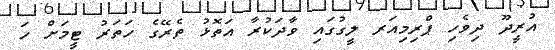
އުރީދޫ ދިވެހި ޕްރިމިއަރ ލީގުގައި ވާދަކުރާ އަތޮޅު ތެރޭގެ ހަތަރު ޓީމަށް ހަ